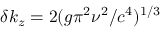
\delta k _ { z } = 2 ( g \pi ^ { 2 } \nu ^ { 2 } / c ^ { 4 } ) ^ { 1 / 3 }